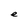
Character: e